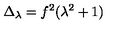
\Delta _ { \lambda } = f ^ { 2 } ( \lambda ^ { 2 } + 1 )